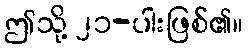
ဤသို့ ၂၁-ပါးဖြစ်၏။